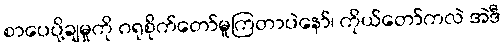
စာပေပို့ချမှုကို ဂရုစိုက်တော်မူကြတာပဲနော်၊ ကိုယ်တော်ကလဲ အဲဒီ